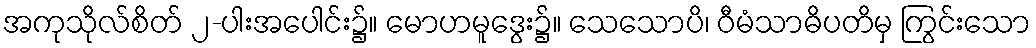
အကုသိုလ်စိတ် ၂-ပါးအပေါင်း၌။ မောဟမူဒွေး၌။ သေသောပိ၊ ဝီမံသာဓိပတိမှ ကြွင်းသော